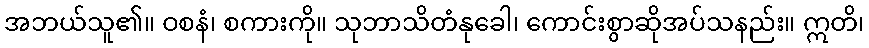
အဘယ်သူ၏။ ဝစနံ၊ စကားကို။ သုဘာသိတံနုခေါ၊ ကောင်းစွာဆိုအပ်သနည်း။ ဣတိ၊